Civil Veterinary Department Bihar & Orissa reports 1922-29 - 1922-1929
Year: 1922
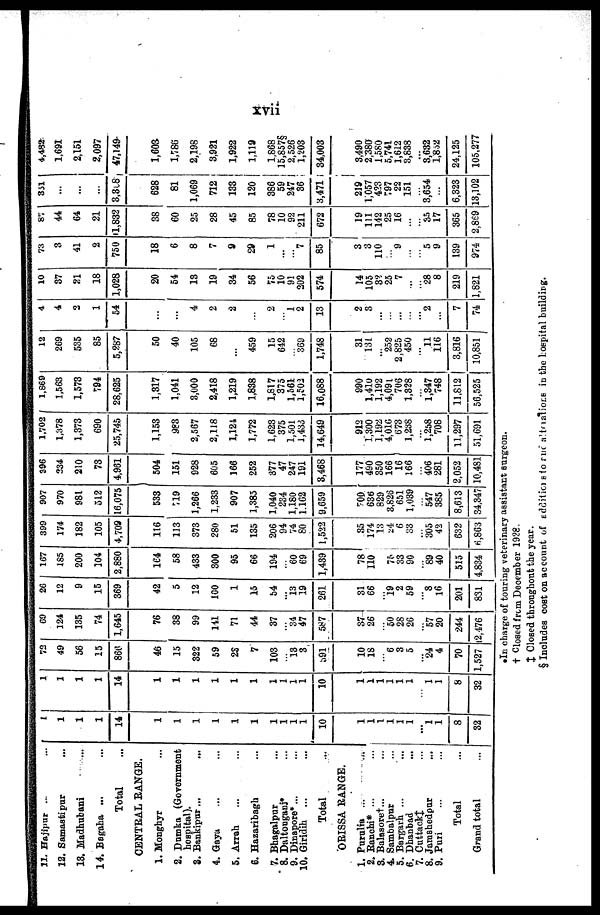
XVII
11. Hajipur ...
12. Samastipur
13. Madhubani
14. Bagaha ...
Total
CENTRAL RANGE.
1. Monghyr
2. Dumka (Government
hospital).
3. Bankipur...
4. Gaya
5. Arrah
6. Hazaribagh
7.Bhagalpur
8.Daltongani*
9.Dinapore*...
10.Giridih ...
Total
ORISSA RANGE.
1. Purulia ...
...
2. Ranchi* ...
3. Balasore†...
4. Sambalpur
5. Bargarh ...
6. Dhanbad
7.
Cuttack†
...
8. Jamshedpur
9. Puri
Total
Grand total
1
1
1
1
14
1
1
1
1
1
1
1
1
1
1
10
1
1
1
1
1
1
1
1
1
8
32
1
1
1
1
14
1
1
1
1
1
1
1
1
1
1
10
1
1
1
1
1
1
1
1
1
8
32
72
49
56
15
866
46
15
822
59
23
7
103
... 13
3
591
10
18
... 6
3
5
24
4
70
1,527
69
124
135
74
1,645
76
38
99
141
71
44
37
...
34 47
587
37
26
...
50
28
26
... 57
20
244
2,476
26
12
9
15
369
42
5
12
100
1
15
54
... 13 19
261
31
66
19
2
59
... 8
16
201
831
167
185
200
104
2,880
164
58
433
300
95
66
194
...
60
69
1,439
78
110
75
33
90
89
40
515
4,834
399
174
182
105
4,709
116
113
373
280
51
135
206
94
74
80
1,522
35
174
13
24
6
33
...
305
42
632
6,863
907
970
981
512
16,075
538
719
1,266
1,233
907
1,385
1,040
234
1,180
1.162
9,659
500
636
829
3.826
651
1,039
...
547
385
8,613
34,347
896
234
210
73
4,961
504
151
928
605
166
252
377
47
247
191
3,468
177
490
350
166
16
166
...
406
281
2,052
10.431
1,702
1,378
1,373
690
25,745
1,153
983
2,567
2,118
1,124
1,772
1,623
375
1,501 1,433
14,649
912
1,300
1,192
4,010
673
1,238
...
1,258
708
11,297
51,691
1,869
1,563
1,573
794
28,625
1,817
1,041
3,000
2,418
1,219
1,888
1,817
375
1,561 1,503
16,088
990
1,410
1,192
4,091
706
1,828
...
1,347
748
11.812
56,525
12
269
535
85
5,287
50
40
105
68
...
459
15
642
369 ...
1,748
31
131
... 252
2,825
450
...
11
116
3,816
10,851
4
4
2
1
54
...
...
4
2
2
...
2
l
2
...
13
2
3
...
...
...
...
... 2
...
7
74
10
87
21
18
1,028
20
54
13
19
34
56
75
10
91 202
574
14
105
32
25
7
...
... 28
8
219
1,821
73
8
41
2
750
18
6
8
7
9
29
1
...
... 7
85
3
3
110
... 9
...
...
5
9
139
974
87
44
64
21
1,832
38
60
25
28
45
85
78
10
92
211
672
19
111
142
25
16
...
...
35
17
365
2,869
851
...
...
...
3,308
628
81
1,069
712
138
120
386
59
247 36
3,471
219
1,057
423
797
22
151
...
3,654
...
6,323
13,102
4,482
1,691
2,151
2,097
47,149
1,603
1,786
2,198
3,921
1,922
1,119
1,868
15,8579
2,526
1,203
84,003
3,490
2,380
1,580
5,741
1,612
3,838
...
8,632
1,852
24,125
105,277
* In charge of touring veterinary assistant surgeon.
+ Closed from December 1928.
† Closed throughout the year.
§ Includes cost on account of edditions to and tualiots in the Hospital building.